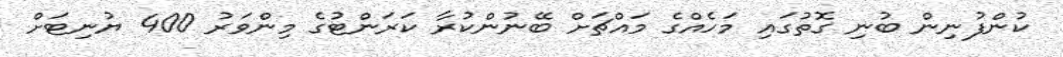
ކުންފުނިން ބުނި ގޮތުގައި މަހެއްގެ މައްޗަށް ބޭނުންކުރާ ކަރަންޓުގެ މިންވަރު 400 ޔުނިޓަށް